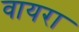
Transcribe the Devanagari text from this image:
वायरा